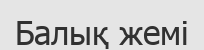
Балық жемі